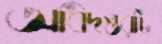
অধিদপ্তরটি